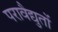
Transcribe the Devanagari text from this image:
परावैद्युतों